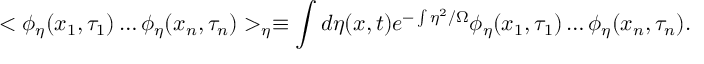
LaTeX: < \phi _ { \eta } ( x _ { 1 } , \tau _ { 1 } ) \ldots \phi _ { \eta } ( x _ { n } , \tau _ { n } ) > _ { \eta } \equiv \int d \eta ( x , t ) e ^ { - \int \eta ^ { 2 } / \Omega } \phi _ { \eta } ( x _ { 1 } , \tau _ { 1 } ) \ldots \phi _ { \eta } ( x _ { n } , \tau _ { n } ) .